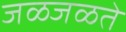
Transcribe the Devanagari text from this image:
जळजळते